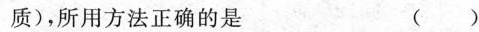
质)，所用方法正确的是 ( )